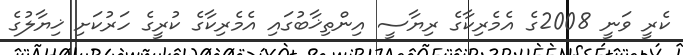
ކެރީ ވަނީ 2008ގެ އެމެރިކާގެ ރިޔާސީ އިންތިޚާބުގައި އެމެރިކާގެ ކުރީގެ ހަރުކަށި ޚިޔާލުގެ